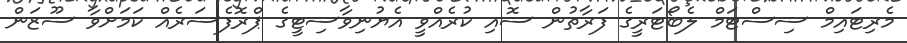
މެރިޓައިމް ސިސްޓަމް ލެބޯޓަރީގެ ފަރާތުން ސޮއި ކުރެއްވީ އެޔުނިވާސިޓީގެ ޕްރޮފެސަރެއް ކަމަށްވާ ސޫޒަން